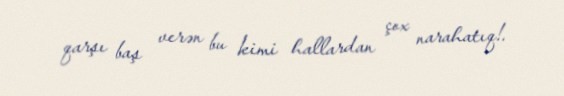
qarşı baş verən bu kimi hallardan çox narahatıq!.